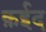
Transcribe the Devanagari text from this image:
क़ईद